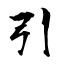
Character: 引